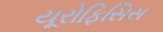
યૂરોફિસિસ